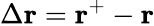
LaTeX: \Delta\mathbf{r}=\mathbf{r}^{+}-\mathbf{r}